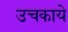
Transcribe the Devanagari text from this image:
उचकाये